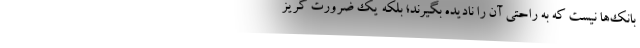
بانک‌ها نیست که به راحتی آن را نادیده بگیرند؛ بلکه یک ضرورت گریز